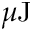
\mu \mathrm { J }